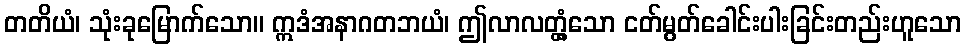
တတိယံ၊ သုံးခုမြောက်သော။ ဣဒံအနာဂတဘယံ၊ ဤလာလတ္တံ့သော ငတ်မွတ်ခေါင်းပါးခြင်းတည်းဟူသော